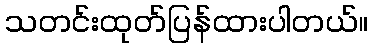
သတင်းထုတ်ပြန်ထားပါတယ်။